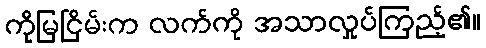
ကိုမြငြိမ်းက လက်ကို အသာလှုပ်ကြည့်၏။